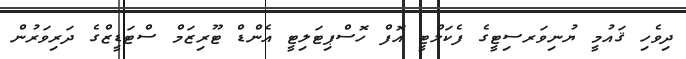
ދިވެހި ޤައުމީ ޔުނިވަރސިޓީގެ ފެކަލްޓީ އޮފް ހޮސްޕިޓަލިޓީ އެންޑް ޓޫރިޒަމް ސްޓަޑީޒްގެ ދަރިވަރުން